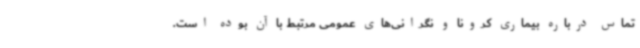
تماس درباره بیماری کرونا و نگرانی‌های عمومی مرتبط با آن بوده است.